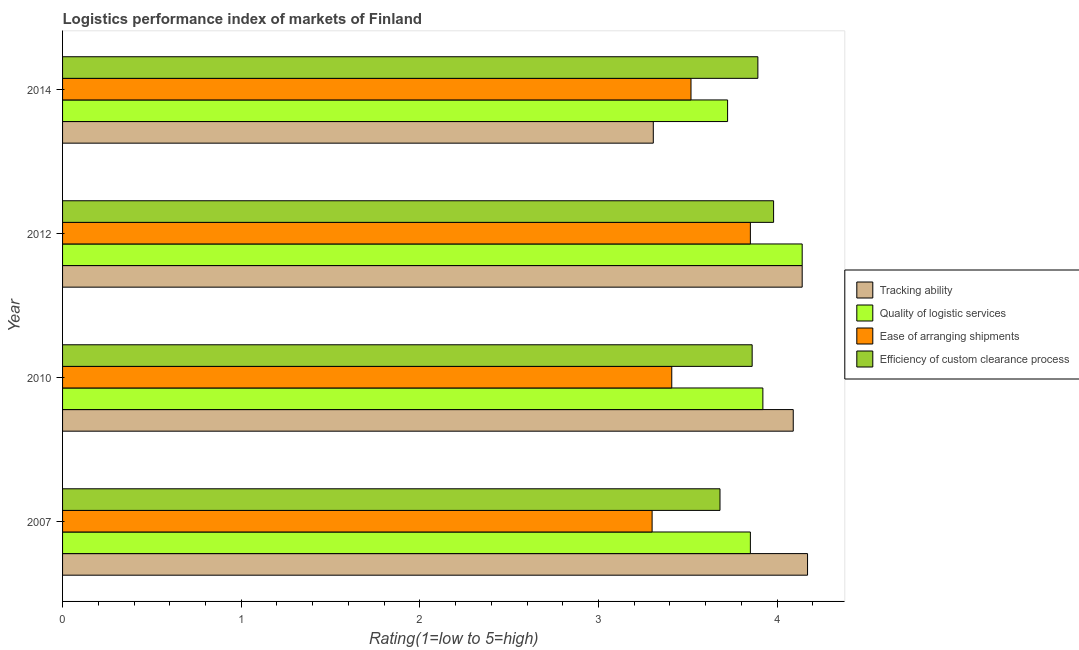
| Year | Tracking ability | Quality of logistic services | Ease of arranging shipments | Efficiency of custom clearance process |
 | --- | --- | --- | --- | --- |
 | 2007 | 4.17 | 3.85 | 3.3 | 3.68 |
 | 2010 | 4.09 | 3.92 | 3.41 | 3.86 |
 | 2012 | 4.14 | 4.14 | 3.85 | 3.98 |
 | 2014 | 3.31 | 3.72 | 3.52 | 3.89 |